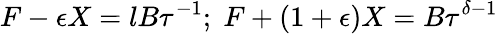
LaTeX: F-\epsilon X=lB\tau^{-1};\; F+(1+\epsilon)X=B\tau^{\delta-1}